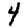
Digit: 4